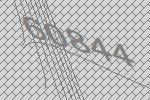
60844